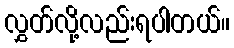
လွှတ်လို့လည်းရပါတယ်။